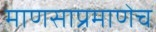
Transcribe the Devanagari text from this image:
माणसाप्रमाणेच